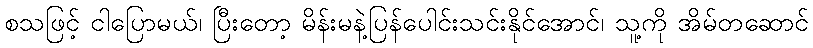
စသဖြင့် ငါပြောမယ်၊ ပြီးတော့ မိန်းမနဲ့ပြန်ပေါင်းသင်းနိုင်အောင်၊ သူ့ကို အိမ်တဆောင်